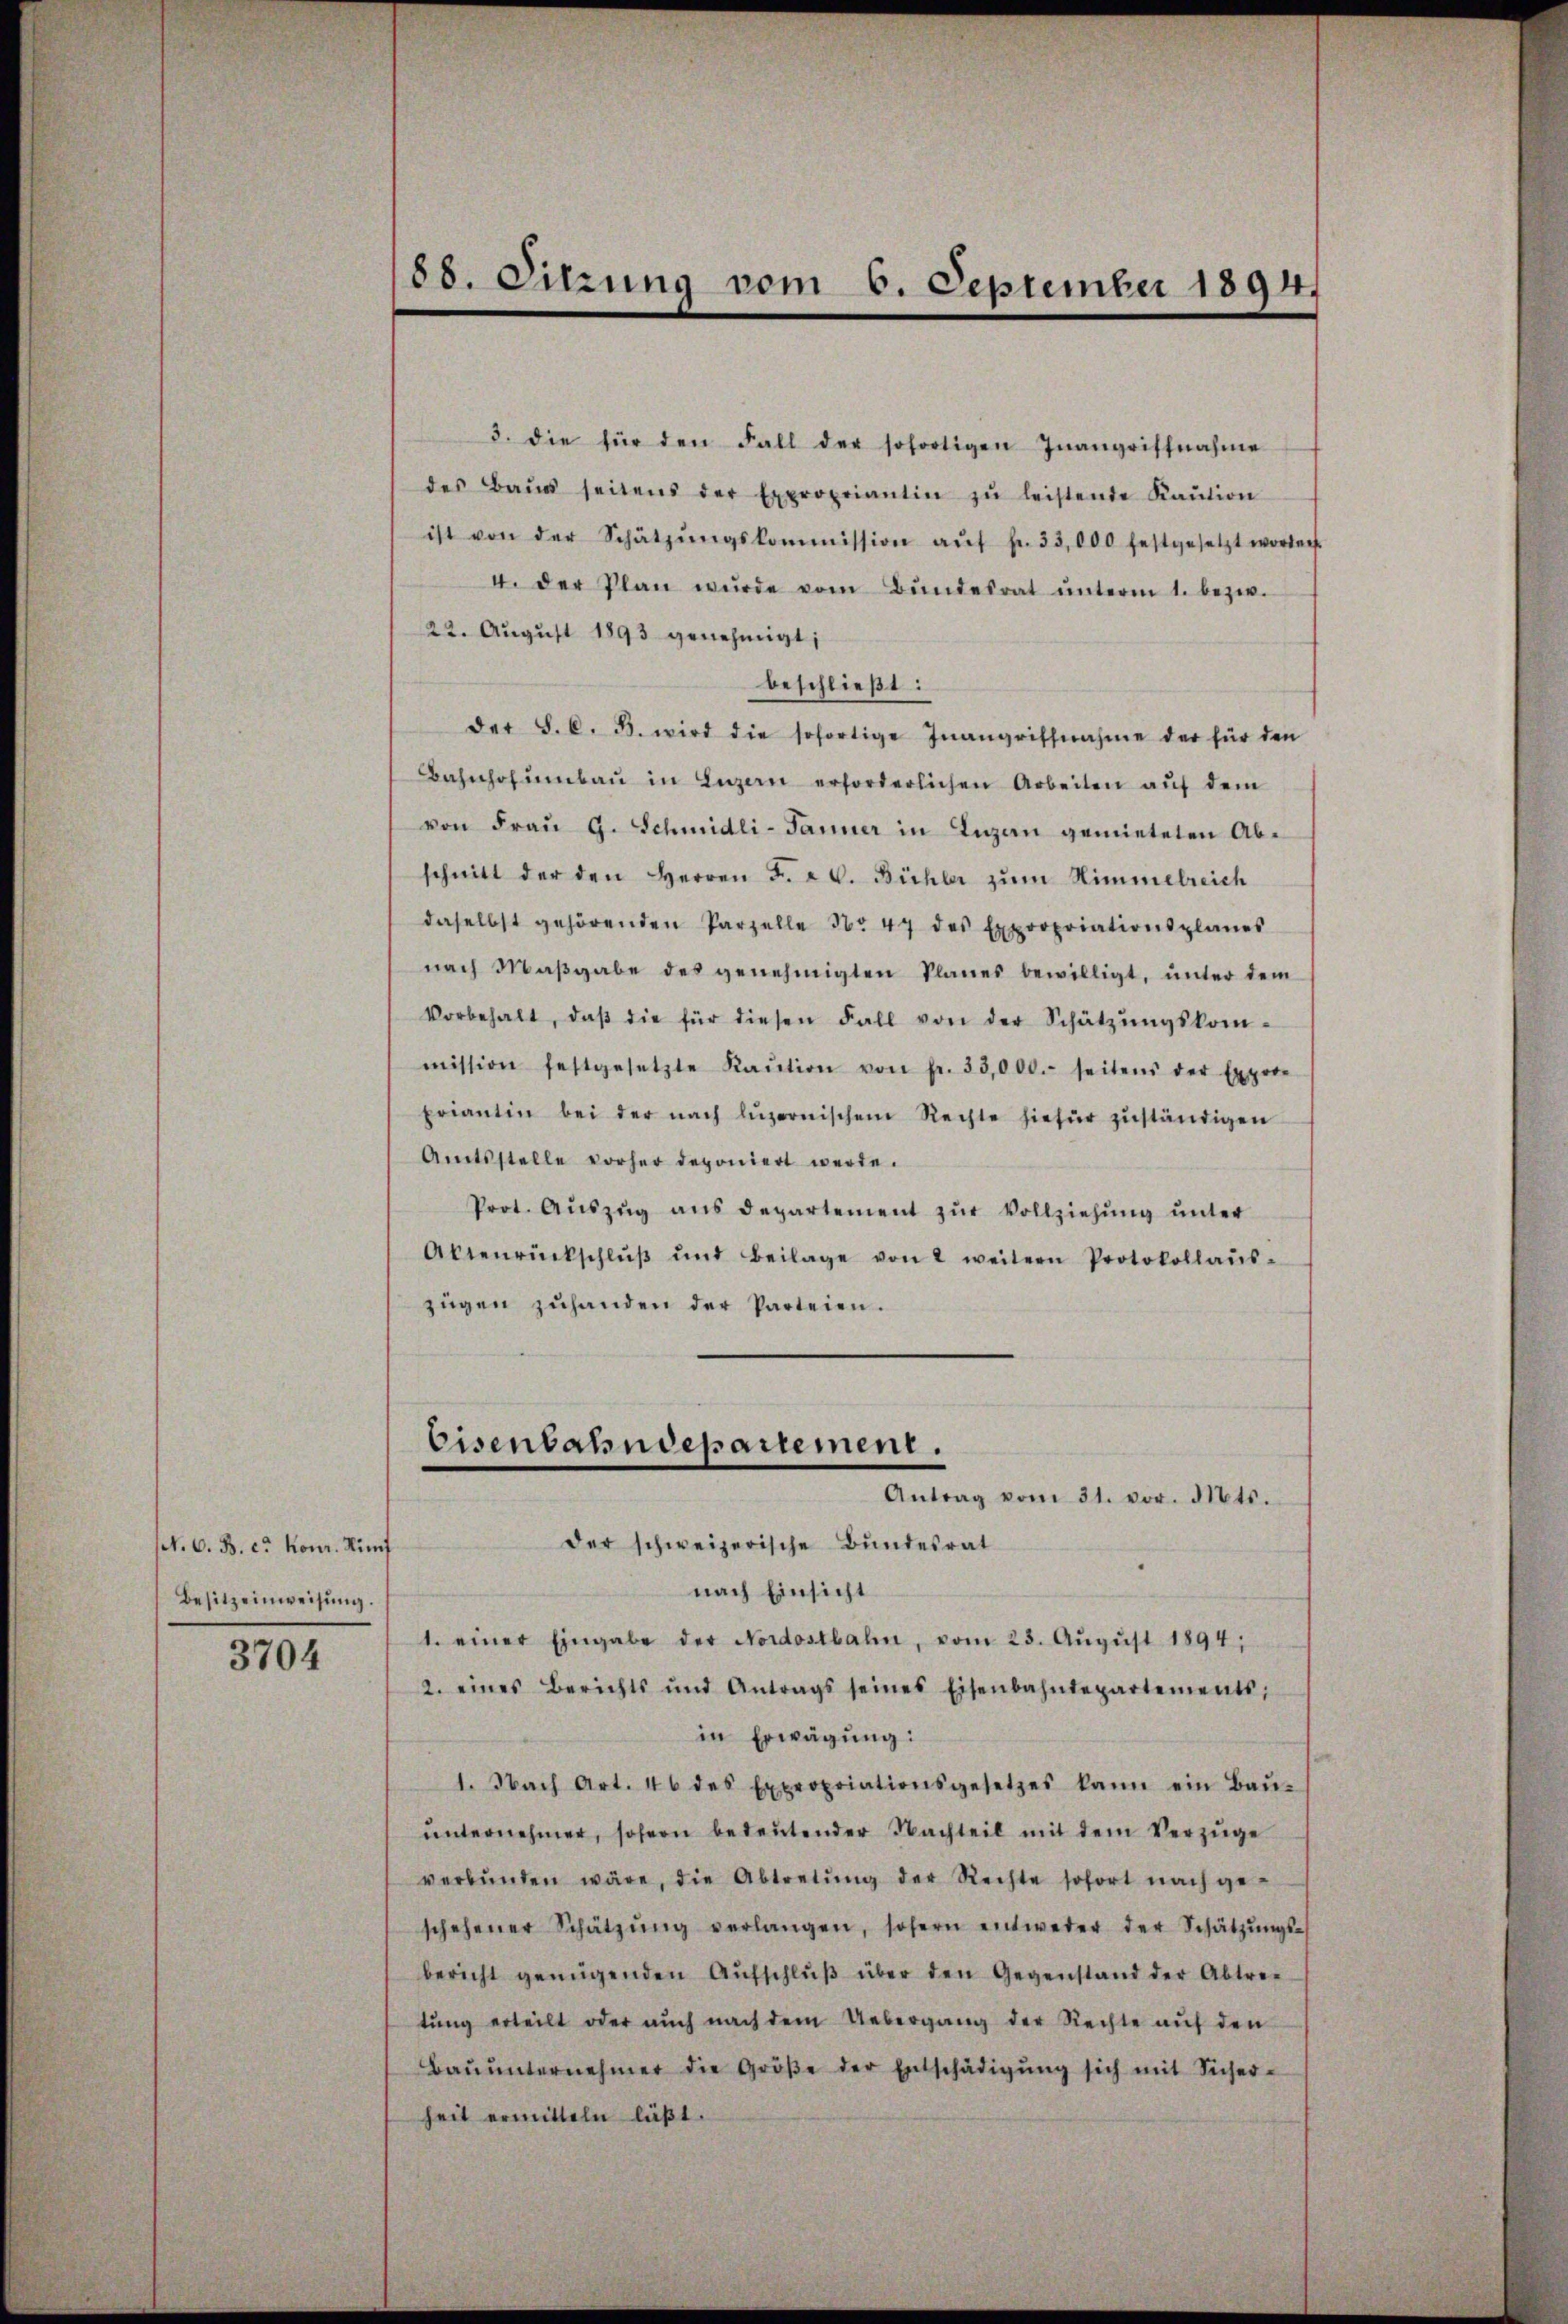
(N. O. B. c. Konr. Rüf
Besitzeinweisung.

3704

3. die für den Fall der sofortigen Inangriffnahme
des Baŭs seitens der Expropriantin zŭ leistende Kaŭtion
ist von der Schätzŭngskommission aŭf fr. 33,000 festgesetzt worden.
I. der Plan wurde vom Bŭndesrat ŭnterm 1. bezw.
22. August 1893 genehmigt;
beschließt:
der S. 6. d. wird die sofortige Inangriffnahme der für den
Bahnhofŭmbaŭ in Luzern erforderlichen Arbeiten auf dem
von Frau G. Schmidli-Tanner in Luzern gemieteten Abschnitt der den Herren F. v. Bühler zŭm Himmelreich
daselbst gehörenden Parzelle No 47 des Expropriationsplanes
nach Maβgabe des genehmigten Planes bewilligt, ŭnter dem
Vorbehalt, daβ die für diesen Fall von der Schätzŭngskom-
mission festgesetzte Kaŭtion von fr. 33,000. seitens der Expore
priantin bei der nach Lŭzernischem Rechte hiefür zŭständigen
Amtsstelle vorher deponiert werde.
Prot. Aŭszŭg aŭs departement zŭr Vollziehung unter
Abtenrückschlŭβ ŭnd Beilage von 2 weitern Protokollaŭs-
zügen zŭhanden der Parteien.

58. Sitzung vom 6. September 1894.

Eisenbahndepartement.
Antrag vom 31. vor. Mts.

der schweizerische Bundesrat
nach Einsicht
1. einer Eingabe der Nordostbahn, vom 23. Aŭgŭst 1894,
2. eines Berichts und Antrags seines Eisenbahndepartements,
in Erwägung:
1. Nach Art. 46 des Expropriationsgesetzes kann ein Baŭ-
ŭnternehmen, sofern bedeŭtender Nachteil mit dem Verzüge
verbŭnden wäre, die Abtretŭng der Rechte sofort nach ge-
schehener Schätzŭng verlangen, sofern entweder der Schätzŭngs-
bericht genügenden Aŭfschlŭβ über den Gegenstand der Abtre-
tung erteilt oder auch nach dem Uebergang der Rechte auf den
Baŭŭnternehmer die Größe der Entschädigŭng sich mit Sicher-
heit ermitteln läßt.